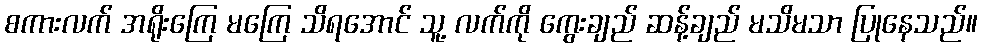
စကားလက် အရိုးကြေ မကြေ သိရအောင် သူ့ လက်ကို ကွေးချည် ဆန့်ချည် မသိမသာ ပြုနေသည်။